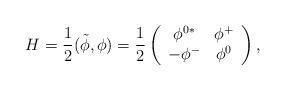
LaTeX: \begin{align*}H=\frac{1}{2}(\tilde{ \phi}, \phi)= \frac{1}{2} \left( \begin{array}{cc} \phi^{0*} & \phi^{+} \\ -\phi^{-} & \phi^{0} \end{array} \right),\end{align*}